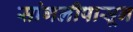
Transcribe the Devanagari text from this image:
सांगलीपासून